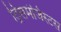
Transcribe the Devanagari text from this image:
ट्रिसमेजिस्टस